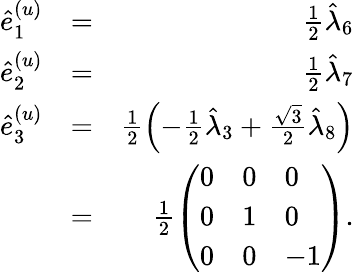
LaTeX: \begin{array}{rlr}{\hat{e}_{1}^{(u)}}&{=}&{\frac{1}{2}\hat{\lambda}_{6}}\\ {\hat{e}_{2}^{(u)}}&{=}&{\frac{1}{2}\hat{\lambda}_{7}}\\ {\hat{e}_{3}^{(u)}}&{=}&{\frac{1}{2}\left(-\frac{1}{2}\hat{\lambda}_{3}+\frac{\sqrt{3}}{2}\hat{\lambda}_{8}\right)}\\ &{=}&{\frac{1}{2}\left(\begin{array}{lll}{0}&{0}&{0}\\ {0}&{1}&{0}\\ {0}&{0}&{-1}\end{array}\right).}\end{array}